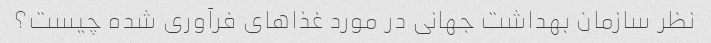
نظر سازمان بهداشت جهانی در مورد غذاهای فرآوری شده چیست؟